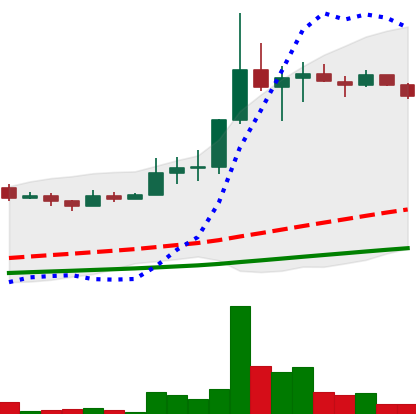
Ticker: LINK-USD
Chart end date: 2019-07-07
Forward return: -4.239%
Label: down_3_5